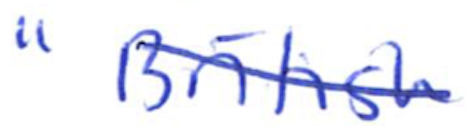
Text: "British
Cross-out: diagonal
Writing tool: ballpoint